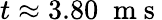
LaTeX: t\approx 3.80\; \mathrm{~m~s~}